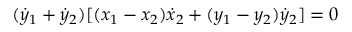
( { \dot { y } } _ { 1 } + { \dot { y } } _ { 2 } ) [ ( x _ { 1 } - x _ { 2 } ) { \dot { x } } _ { 2 } + ( y _ { 1 } - y _ { 2 } ) { \dot { y } } _ { 2 } ] = 0